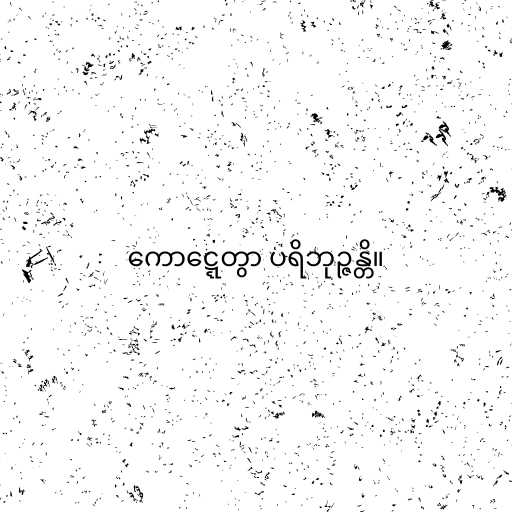
ကောဋ္ဋေတွာ ပရိဘုဉ္ဇန္တိ။